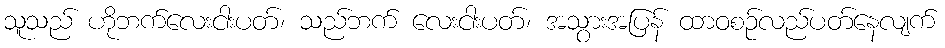
သူသည် ဟိုဘက်လေးငါးပတ်၊ သည်ဘက် လေးငါးပတ်၊ အသွားအပြန် ထာဝစဉ်လည်ပတ်နေလျက်